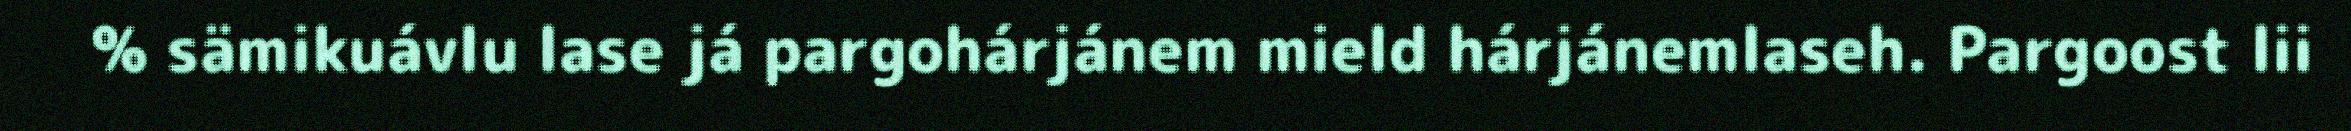
% sämikuávlu lase já pargohárjánem mield hárjánemlaseh. Pargoost lii